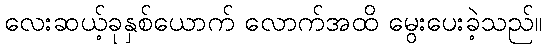
လေးဆယ့်ခုနှစ်ယောက် လောက်အထိ မွေးပေးခဲ့သည်။